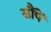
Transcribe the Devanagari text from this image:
सौंपें